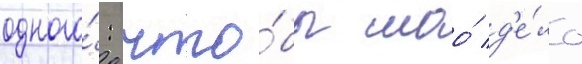
одного́: что́бы моо́ д'е́ло